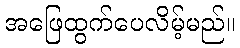
အဖြေထွက်ပေလိမ့်မည်။